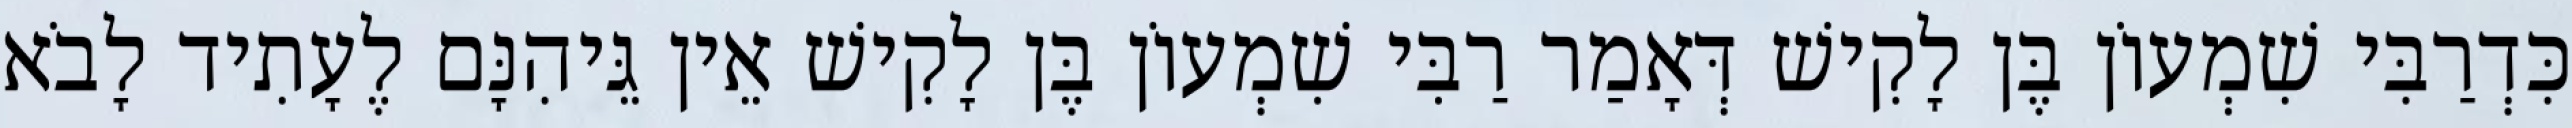
כִּדְרַבִּי שִׁמְעוֹן בֶּן לָקִישׁ דְּאָמַר רַבִּי שִׁמְעוֹן בֶּן לָקִישׁ אֵין גֵּיהִנָּם לֶעָתִיד לָבֹא